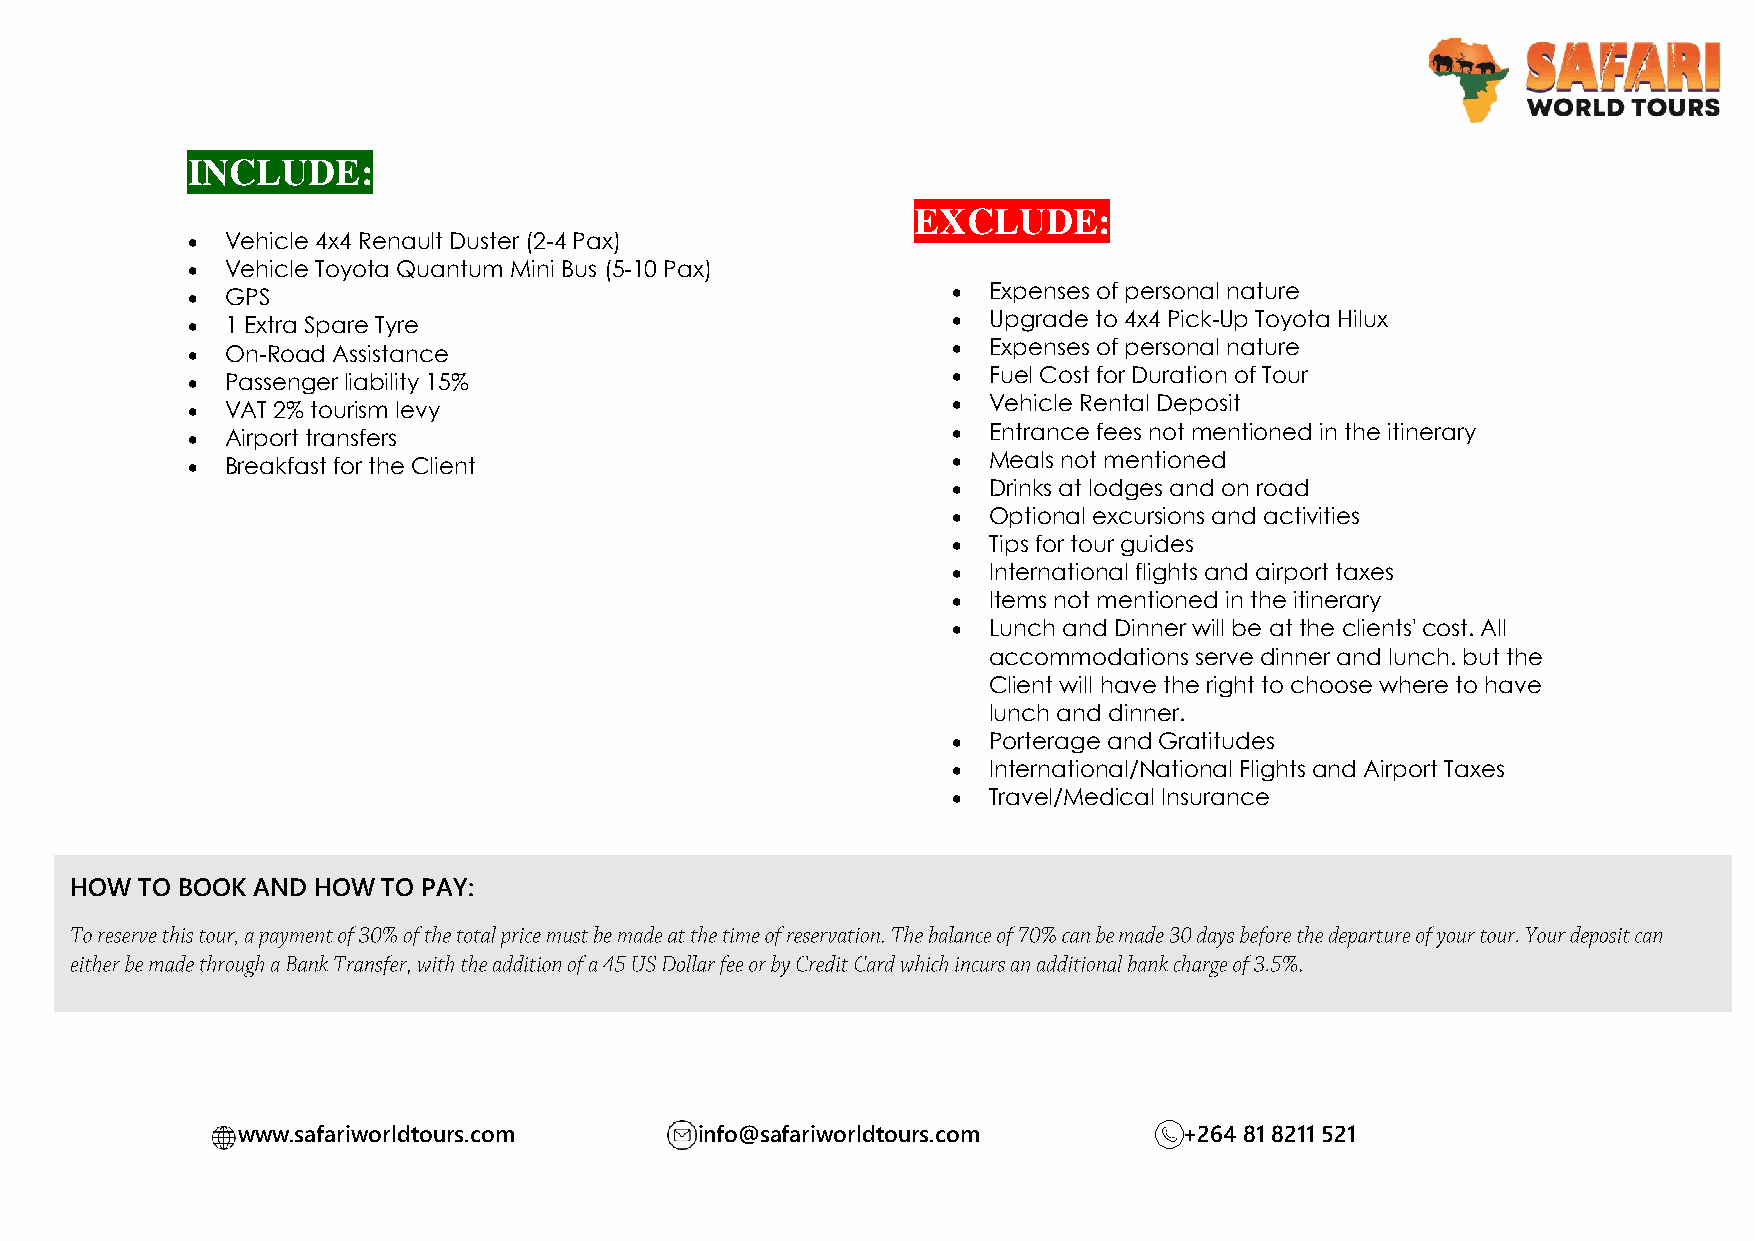
INCLUDE:
 EXCLUDE:
   Vehicle 4x4 Renault Duster (2-4 Pax)
   Vehicle Toyota Quantum Mini Bus (5-10 Pax)
   GPS                                              Expenses of personal nature
   1 Extra Spare Tyre                               Upgrade to 4x4 Pick-Up Toyota Hilux
   On-Road Assistance                               Expenses of personal nature
   Passenger liability 15%                          Fuel Cost for Duration of Tour
   VAT 2% tourism levy                              Vehicle Rental Deposit
   Airport transfers                                Entrance fees not mentioned in the itinerary
   Breakfast for the Client                         Meals not mentioned
  Drinks at lodges and on road
  Optional excursions and activities
  Tips for tour guides
  International flights and airport taxes
  Items not mentioned in the itinerary
  Lunch and Dinner will be at the clients' cost. All
 accommodations serve dinner and lunch. but the
 Client will have the right to choose where to have
 lunch and dinner.
  Porterage and Gratitudes
  International/National Flights and Airport Taxes
  Travel/Medical Insurance
 HOW TO BOOK AND HOW TO PAY:
 www.safariworldtours.com      info@safariworldtours.com       +264 81 8211 521